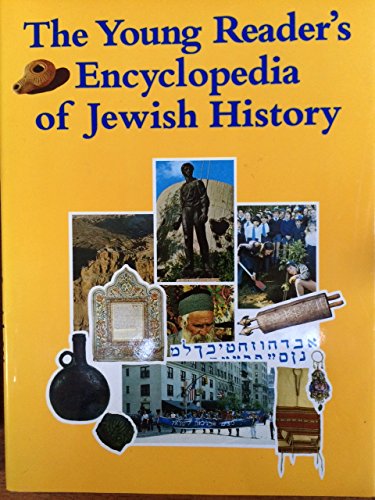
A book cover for The Young Readers' Encyclopedia of Jewish History; Ilana Shamir; Teen & Young Adult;